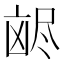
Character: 𫥥